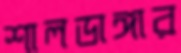
শালডাঙ্গার